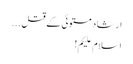
ارشاد مستوئی کے قتل ...
اسلام علیکم!